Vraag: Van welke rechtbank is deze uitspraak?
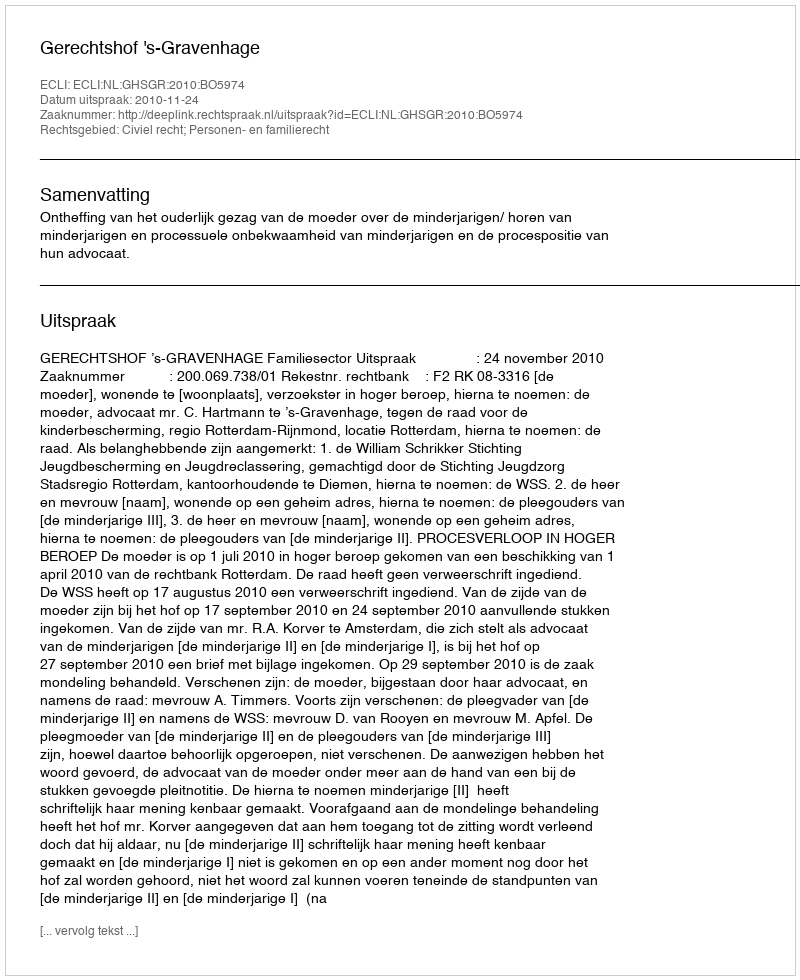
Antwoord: Gerechtshof 's-Gravenhage